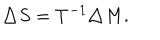
\triangle S = T ^ { - 1 } \triangle M .